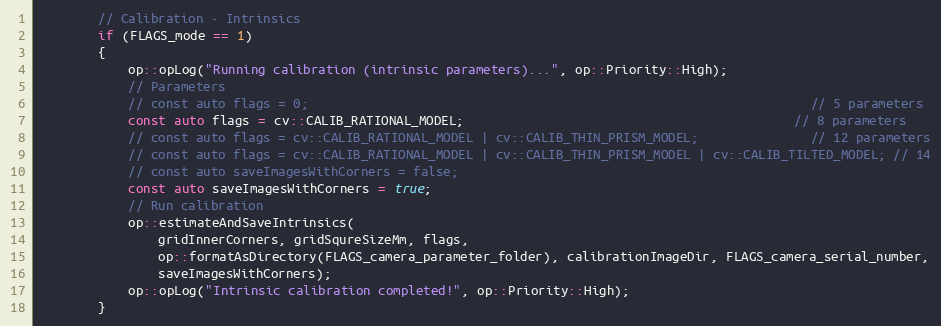
Language: C++
        // Calibration - Intrinsics
        if (FLAGS_mode == 1)
        {
            op::opLog("Running calibration (intrinsic parameters)...", op::Priority::High);
            // Parameters
            // const auto flags = 0;                                                                   // 5 parameters
            const auto flags = cv::CALIB_RATIONAL_MODEL;                                            // 8 parameters
            // const auto flags = cv::CALIB_RATIONAL_MODEL | cv::CALIB_THIN_PRISM_MODEL;               // 12 parameters
            // const auto flags = cv::CALIB_RATIONAL_MODEL | cv::CALIB_THIN_PRISM_MODEL | cv::CALIB_TILTED_MODEL; // 14
            // const auto saveImagesWithCorners = false;
            const auto saveImagesWithCorners = true;
            // Run calibration
            op::estimateAndSaveIntrinsics(
                gridInnerCorners, gridSqureSizeMm, flags,
                op::formatAsDirectory(FLAGS_camera_parameter_folder), calibrationImageDir, FLAGS_camera_serial_number,
                saveImagesWithCorners);
            op::opLog("Intrinsic calibration completed!", op::Priority::High);
        }